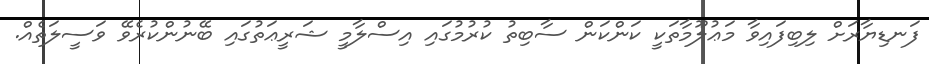
ފަނޑިޔާރަށްް ލިބިފައިވާ މަޢުލޫމާތަކީ ކަންކަން ސާބިތު ކުރުމުގައި އިސްލާމީ ޝަރީޢަތުގައި ބޭނުންކުރެވޭ ވަސީލަތެއް.